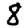
Digit: 8